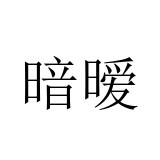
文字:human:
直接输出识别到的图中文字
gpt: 暗暧